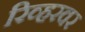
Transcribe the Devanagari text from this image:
रिव्हरवर